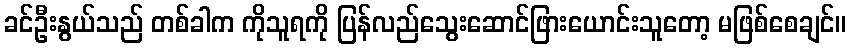
ခင်ဦးနွယ်သည် တစ်ခါက ကိုသူရကို ပြန်လည်သွေးဆောင်ဖြားယောင်းသူတော့ မဖြစ်စေချင်။